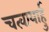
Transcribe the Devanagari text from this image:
चत्वायार्हु